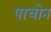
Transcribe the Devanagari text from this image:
पाचोन